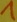
Text: 1